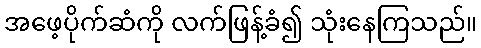
အဖေ့ပိုက်ဆံကို လက်ဖြန့်ခံ၍ သုံးနေကြသည်။